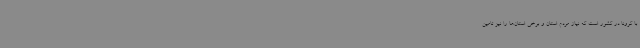
با کرونا در کشور است که نیاز مردم استان و برخی استان‌ها را نیز تامین